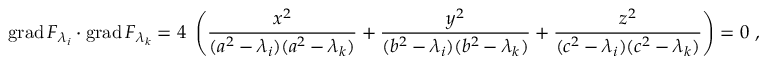
\operatorname { g r a d } F _ { \lambda _ { i } } \cdot \operatorname { g r a d } F _ { \lambda _ { k } } = 4 \; \left( { \frac { x ^ { 2 } } { ( a ^ { 2 } - \lambda _ { i } ) ( a ^ { 2 } - \lambda _ { k } ) } } + { \frac { y ^ { 2 } } { ( b ^ { 2 } - \lambda _ { i } ) ( b ^ { 2 } - \lambda _ { k } ) } } + { \frac { z ^ { 2 } } { ( c ^ { 2 } - \lambda _ { i } ) ( c ^ { 2 } - \lambda _ { k } ) } } \right) = 0 \ ,